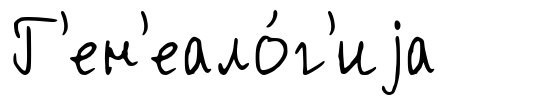
Г'ен'еало́г'иjа